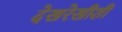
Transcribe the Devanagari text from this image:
देखरेखीशी